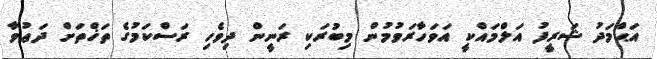
އަޙްމަދު ޝަރީފު އަލްމައްކީ އަވަހާރަވުމުން މިބުރަކި ރަނީން ދިވެހި ރަސްކަމުގެ ތަޚްތަށް ދަޢުވާ